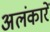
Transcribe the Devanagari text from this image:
अलंकारें